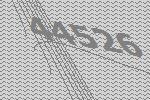
44526